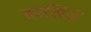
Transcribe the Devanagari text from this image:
चरखियों